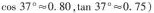
$$\cos 3 7 ^ { 0 } ≈ 0 . 8 0$$，$$\tan 3 7 ^ { 0 } ≈ 0 . 7 5$$)